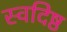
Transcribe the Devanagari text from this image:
स्वदिष्ठ